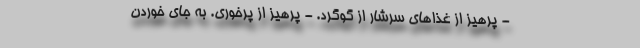
- پرهیز از غذاهای سرشار از گوگرد. - پرهیز از پرخوری. به جای خوردن